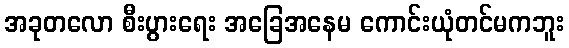
အခုတလော စီးပွားရေး အခြေအနေမ ကောင်းယုံတင်မကဘူး